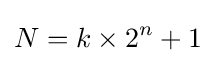
N=k\times 2^{n}+1